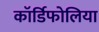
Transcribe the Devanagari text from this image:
कॉर्डिफोलिया